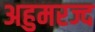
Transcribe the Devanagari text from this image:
अहुमरज्द